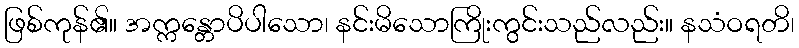
ဖြစ်ကုန်၏။ အက္ကန္တောပိပါသော၊ နင်းမိသောကြိုးကွင်းသည်လည်း။ နသံဝရတိ၊